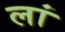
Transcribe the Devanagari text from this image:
लां